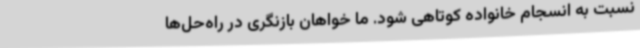
نسبت به انسجام خانواده کوتاهی شود. ما خواهان بازنگری در راه‌حل‌ها